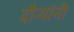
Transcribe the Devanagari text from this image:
दौर्‍यांनी